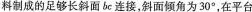
料制成的足够长斜面bc连接，斜面倾角为30°，在平台